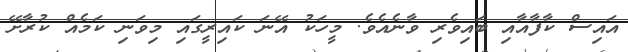
އައިސް ކާފާއާއި ބައިވެރި ވާނެއެވެ. މީހަކު އޭނަ ކައިރީގައި މިވަނި ކަމެއް ކުރާށޭ